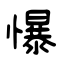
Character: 懪